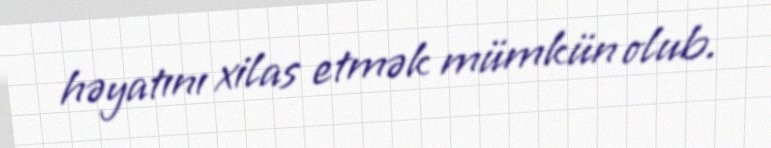
həyatını xilas etmək mümkün olub.